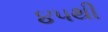
૪૫થી